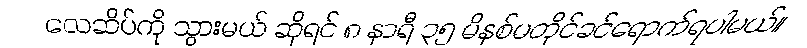
လေဆိပ်ကို သွားမယ် ဆိုရင် ၈ နာရီ ၃၅ မိနစ်မတိုင်ခင်ရောက်ရပါမယ်။